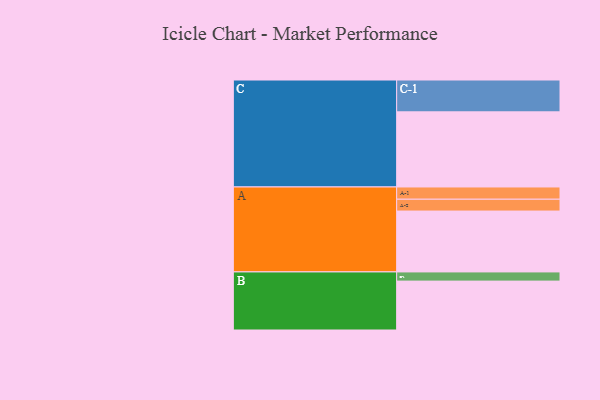
{"axis": {"x": "Segment", "y": "Value"}, "legend": ["", "A", "B", "C"], "data": [{"x": "A", "y": 478, "type": ""}, {"x": "B", "y": 384, "type": ""}, {"x": "C", "y": 590, "type": ""}, {"x": "A-1", "y": 96, "type": "A"}, {"x": "A-2", "y": 93, "type": "A"}, {"x": "B-1", "y": 72, "type": "B"}, {"x": "C-1", "y": 250, "type": "C"}]}